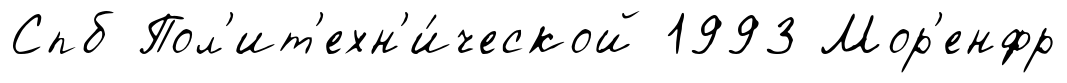
Спб Пол'ит'ехн'и́ческой 1993 Мор'енфр